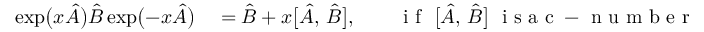
\begin{array} { r l } { \exp \bigl ( x \hat { A } \bigr ) \hat { B } \exp \bigl ( - x \hat { A } \bigr ) } & { { } = \hat { B } + x \bigl [ \hat { A } , \, \hat { B } \bigr ] , \qquad \mathrm { ~ i ~ f ~ } \; \bigl [ \hat { A } , \, \hat { B } \bigr ] \; \mathrm { ~ i ~ s ~ a ~ c ~ - ~ n ~ u ~ m ~ b ~ e ~ r ~ } . } \end{array}